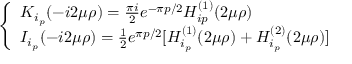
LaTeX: \left\{ \begin{array} { l l } { { K _ { i _ { p } } ( - i 2 \mu \rho ) = \frac { \pi i } { 2 } e ^ { - \pi p / 2 } H _ { i p } ^ { ( 1 ) } ( 2 \mu \rho ) } } & { { } } \\ { { I _ { i _ { p } } ( - i 2 \mu \rho ) = \frac { 1 } { 2 } e ^ { \pi p / 2 } [ H _ { i _ { p } } ^ { ( 1 ) } ( 2 \mu \rho ) + H _ { i _ { p } } ^ { ( 2 ) } ( 2 \mu \rho ) ] } } \end{array} \right.